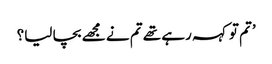
’تم تو کہہ رہے تھے تم نے مجھے بچا لیا؟